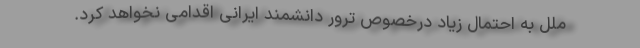
ملل به احتمال زیاد درخصوص ترور دانشمند ایرانی اقدامی نخواهد کرد.